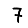
Digit: 7